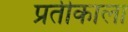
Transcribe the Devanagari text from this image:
प्रतीकाला